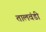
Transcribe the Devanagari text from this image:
तालवंडी